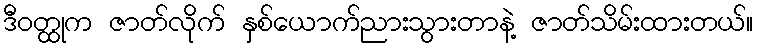
ဒီဝတ္ထုက ဇာတ်လိုက် နှစ်ယောက်ညားသွားတာနဲ့ ဇာတ်သိမ်းထားတယ်။